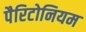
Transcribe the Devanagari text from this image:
पैरिटोनियम